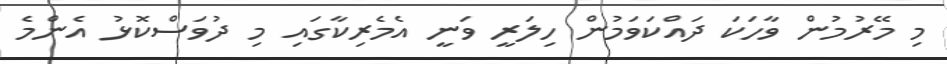
މި މޭރުމުން ވާހަކަ ދައްކަވަމުން ހިލަރީ ވަނީ އެމެރިކާގައި މި ދުވަސްކޮޅު އެންމެ